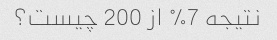
نتیجه 7% از 200 چیست؟